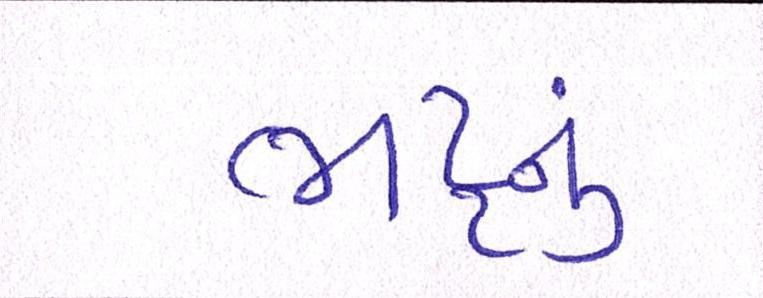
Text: ભટ્ટનું